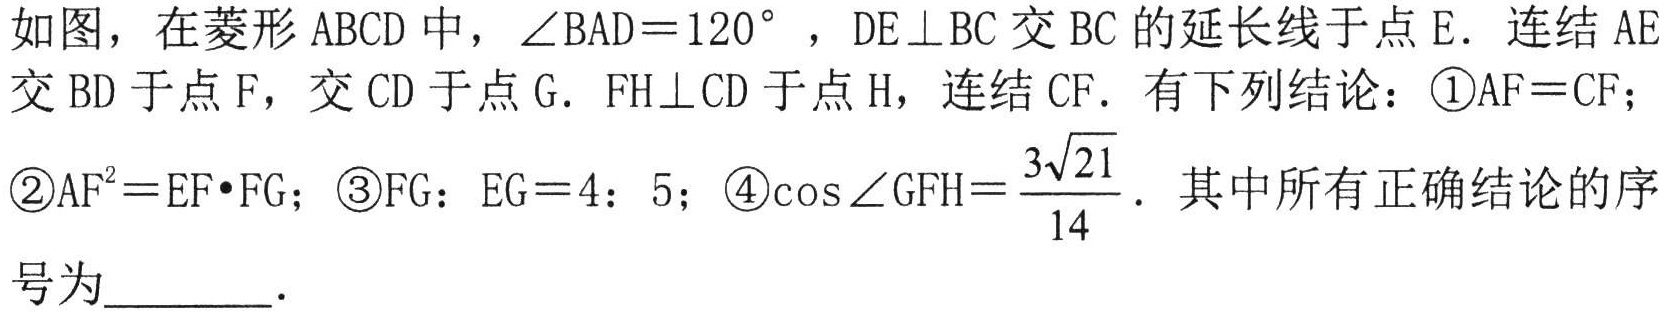
如图，在菱形 \(ABCD\) 中，\(\angle BAD = 120^{\circ}\) ，\(DE\perp BC\) 交 \(BC\) 的延长线于点 \(E\)．连结 \(AE\) 交 \(BD\) 于点 \(F\)，交 \(CD\) 于点 \(G\)．\(FH\perp CD\) 于点 \(H\)，连结 \(CF\)．有下列结论：\textcircled{1}\(AF = CF\)；\textcircled{2}\(AF^{2}=EF\cdot FG\)；\textcircled{3}\(FG:EG = 4:5\)；\textcircled{4}\(\cos\angle GFH=\frac{3\sqrt{21}}{14}\)．其中所有正确结论的序号为________．